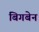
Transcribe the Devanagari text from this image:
बिगबेन